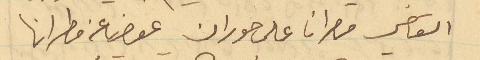
القاضي مطران على حوران عوض عن مطرانها